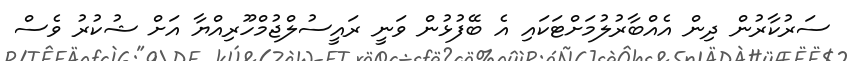
ސަރުކާރުން ދިން އެއްބާރުލުމަށްޓަކައި އެ ބޭފުޅުން ވަނީ ރައީސުލްޖުމްހޫރިއްޔާ އަށް ޝުކުރު ވެސް